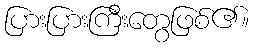
ပြားပြားကြီးတွေဖြစ်၏။